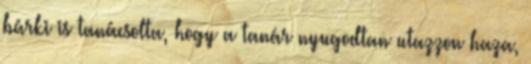
bárki is tanácsolta, hogy a tanár nyugodtan utazzon haza,